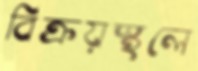
বিক্রয়স্থলে